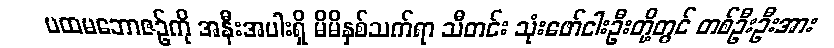
ပထမဘောဇဉ်ကို အနီးအပါးရှိ မိမိနှစ်သက်ရာ သီတင်း သုံးဖော်ငါးဦးတို့တွင် တစ်ဦးဦးအား